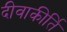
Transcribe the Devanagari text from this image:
दीवाकीर्ति